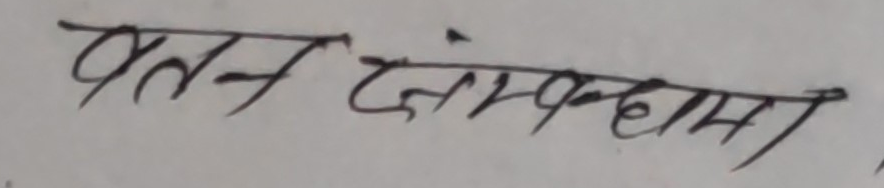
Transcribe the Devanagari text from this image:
प्रतिसंकल्प